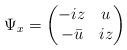
LaTeX: \begin{align*} \Psi_x = \left(\begin{matrix} -iz & u \\ -\bar u & i z \end{matrix} \right) \end{align*}